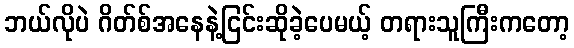
ဘယ်လိုပဲ ဂိတ်စ်အနေနဲ့ငြင်းဆိုခဲ့ပေမယ့် တရားသူကြီးကတော့